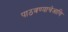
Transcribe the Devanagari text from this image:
पाठवण्याचेआणि